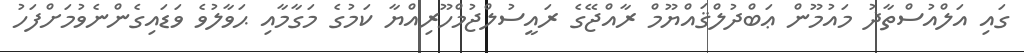
ގައި އަލްއުސްތާޛު މައުމޫން ޢަބްދުލްޤައްޔޫމް ރާއްޖޭގެ ރައީސުލްޖުމްހޫރިއްޔާ ކަމުގެ މަގާމާއި ޙަވާލުވެ ވަޑައިގެންނެވުމަށްފަހު